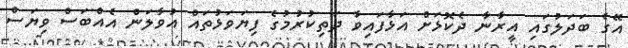
އޭގެ ބަދަލުގައި އީރާނާ ދެކޮޅަށް އަޅާފައިވާ ދަތިކުރުމުގެ ފިޔަވަޅުތައް އުވާލަން އެއްބަސް ވިޔަސް